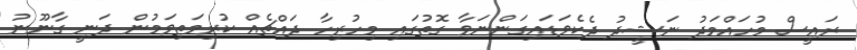
ރައީސް މުހައްމަދު ނަޝީދު ދެކެވަޑައިގަންނަވާ ގޮތުގައި މިހުރިހާ ދައްޗެއް ކުރިމަތިވަމުން ދަނީ ގާނޫނު